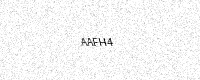
Text: AAFH4